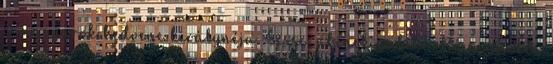
a magyarok kedvenc királynéja. Sissi, akinek emléke Bécs minden